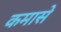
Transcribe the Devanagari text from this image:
कमासे